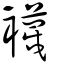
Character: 襪